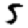
Digit: 5